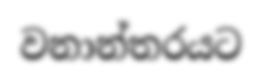
වනාන්තරයට